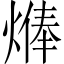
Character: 𱫷